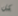
كل